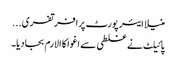
منیلا ایئر پورٹ پرافرتفری...
پائیلٹ نے غلطی سے اغوا کا الارم بجادیا۔